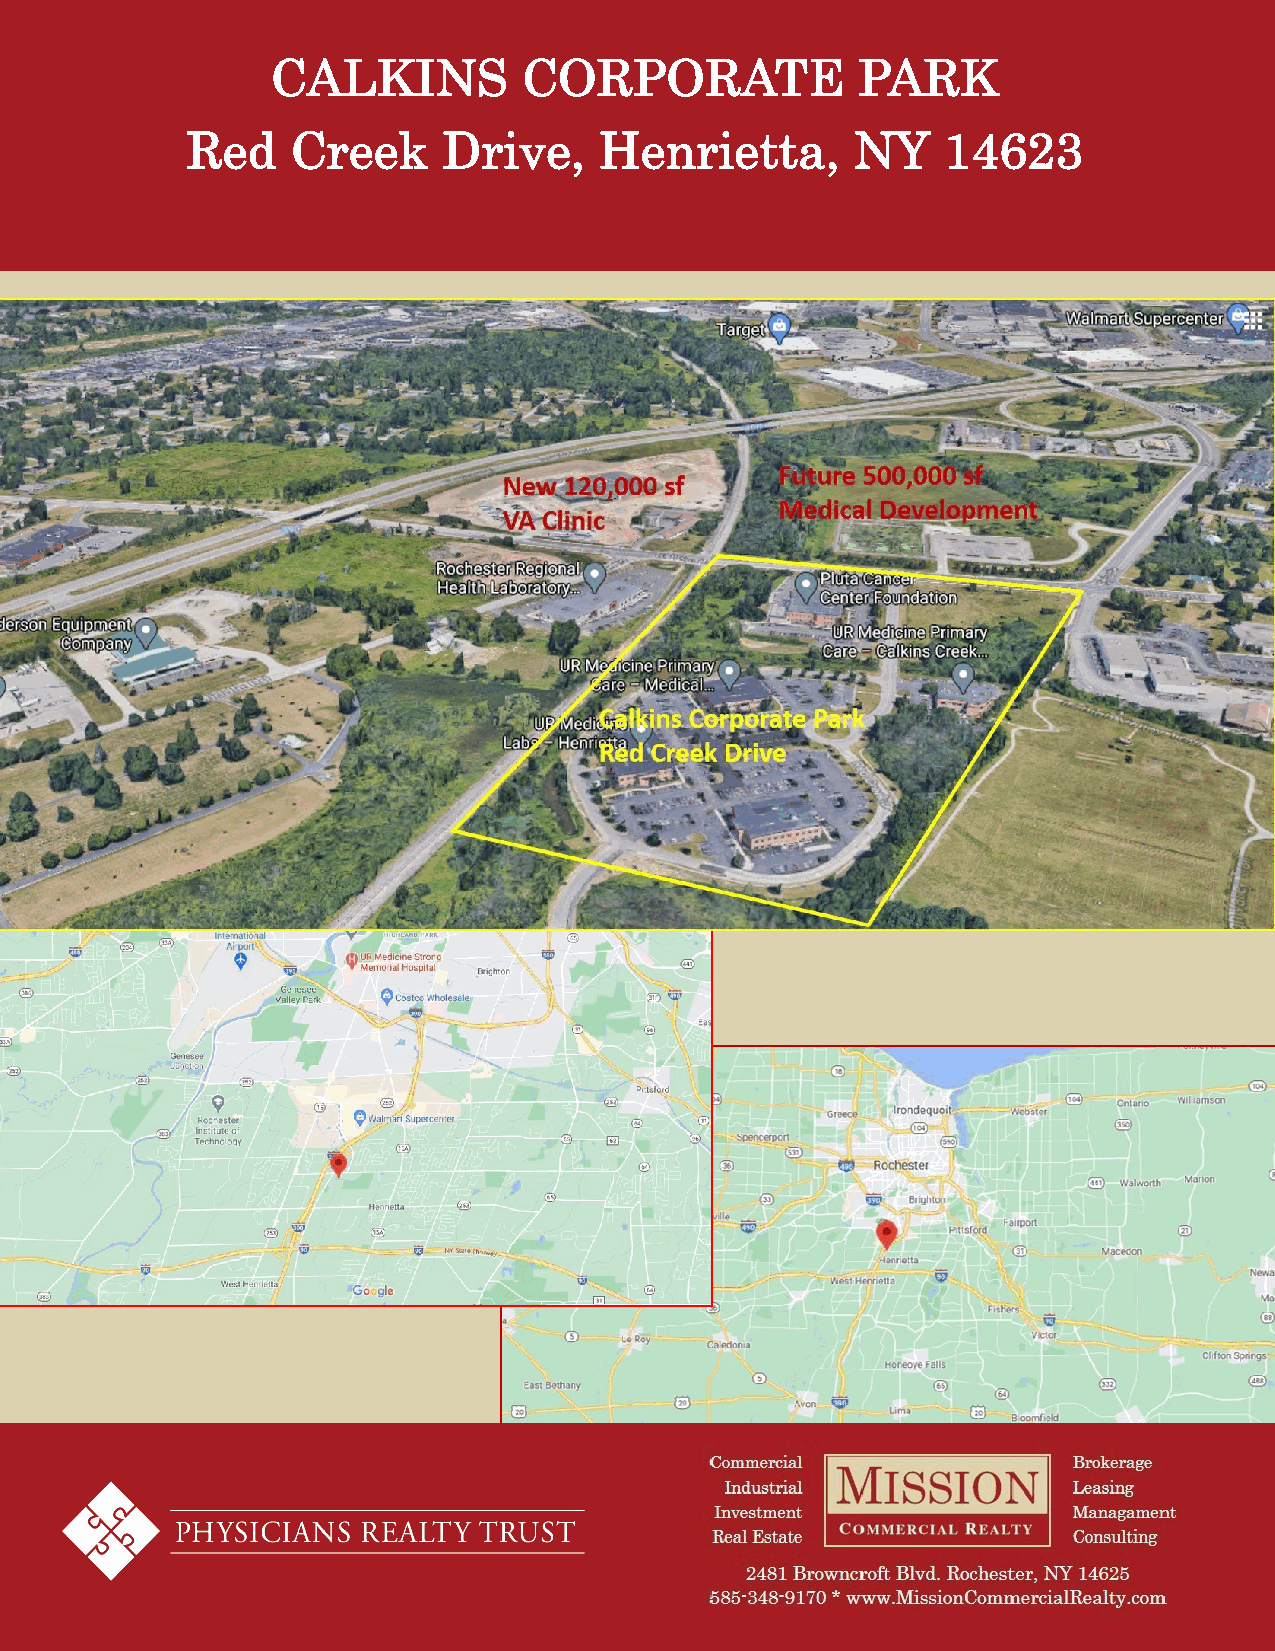
CALKINS          CORPORATE             PARK
 Red    Creek     Drive,     Henrietta,       NY   14623